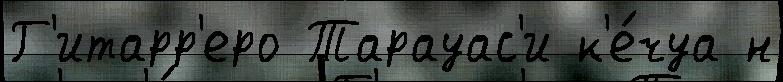
Г'итарр'еро Тарауас'и к'е́чуа н